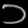
Digit: ၁